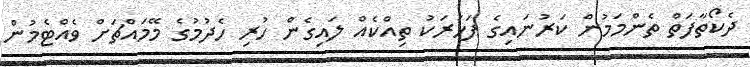
ދެކޯތާފަތް ތެންމަމުން ކަރުނައިގެ ފަހަރަކު ތިއްކެއް ލައިގެން ހުރި ހެދުމުގެ މޭމައްޗަށް ވެއްޓެމުން